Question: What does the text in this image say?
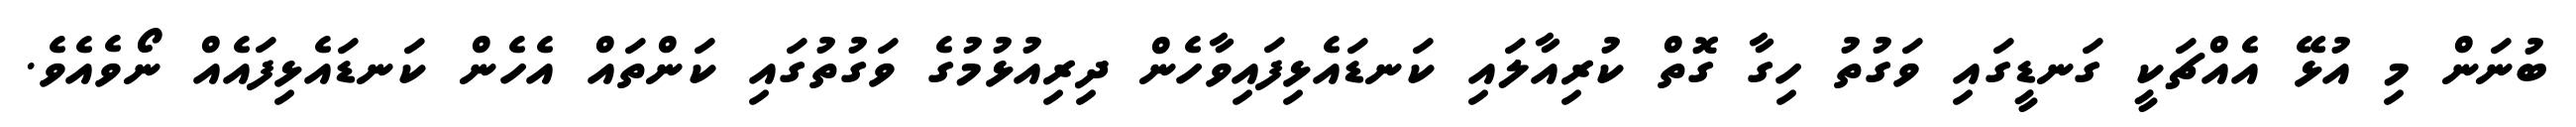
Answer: ބުނަން މި އުޅޭ އެއްޗަކީ ގަނޑީގައި ވަގުތު ހިގާ ގޮތް ކުރިއާލައި ކަނޑައެޅިފައިވާހެން ދިރިއުޅުމުގެ ވަގުތުގައި ކަންތައް އެހެން ކަނޑައެޅިފައެއް ނޯވެއެވެ.